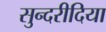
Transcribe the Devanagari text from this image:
सुन्दरीदिया